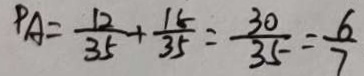
P A = \frac { 1 2 } { 3 5 } + \frac { 1 5 } { 3 5 } = \frac { 3 0 } { 3 5 } = \frac { 6 } { 7 }